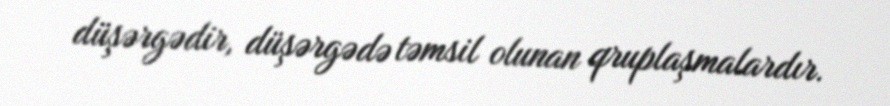
düşərgədir, düşərgədə təmsil olunan qruplaşmalardır.